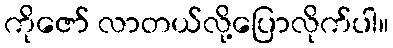
ကိုဇော် လာတယ်လို့ပြောလိုက်ပါ။